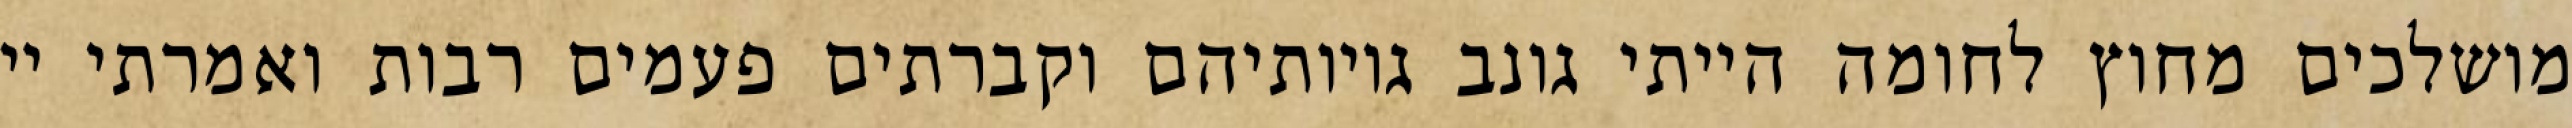
מושלכים מחוץ לחומה הייתי גונב גויותיהם וקברתים פעמים רבות ואמרתי יי